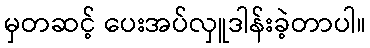
မှတဆင့် ပေးအပ်လှူဒါန်းခဲ့တာပါ။